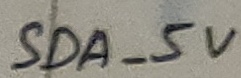
Text: SDA_5V